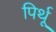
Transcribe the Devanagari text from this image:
पिर्थू